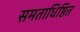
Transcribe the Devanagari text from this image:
समताधिष्ठित